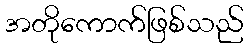
အတိုကောက်ဖြစ်သည်